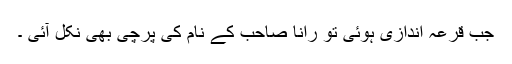
جب قرعہ اندازی ہوئی تو رانا صاحب کے نام کی پرچی بھی نکل آئی ۔